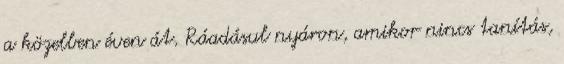
a közelben éven át. Ráadásul nyáron, amikor nincs tanítás,